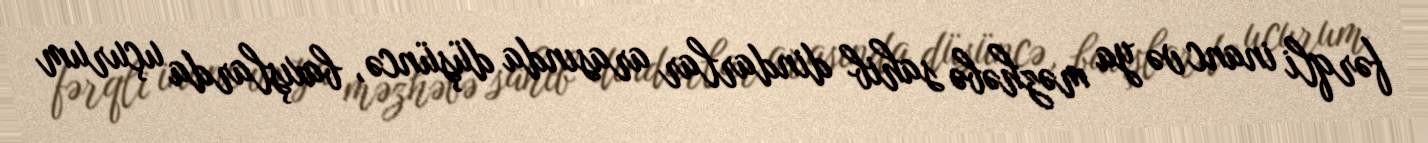
fərqli inanc və ya məzhəbə sahib dindarlar arasında düşüncə, baxışlarda uçurum